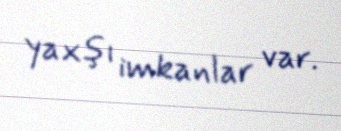
yaxşı imkanlar var.